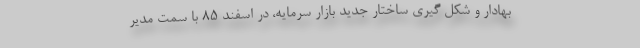
بهادار و شکل گیری ساختار جدید بازار سرمایه، در اسفند ۸۵ با سمت مدیر